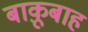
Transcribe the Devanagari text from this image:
बाक़ूबाह